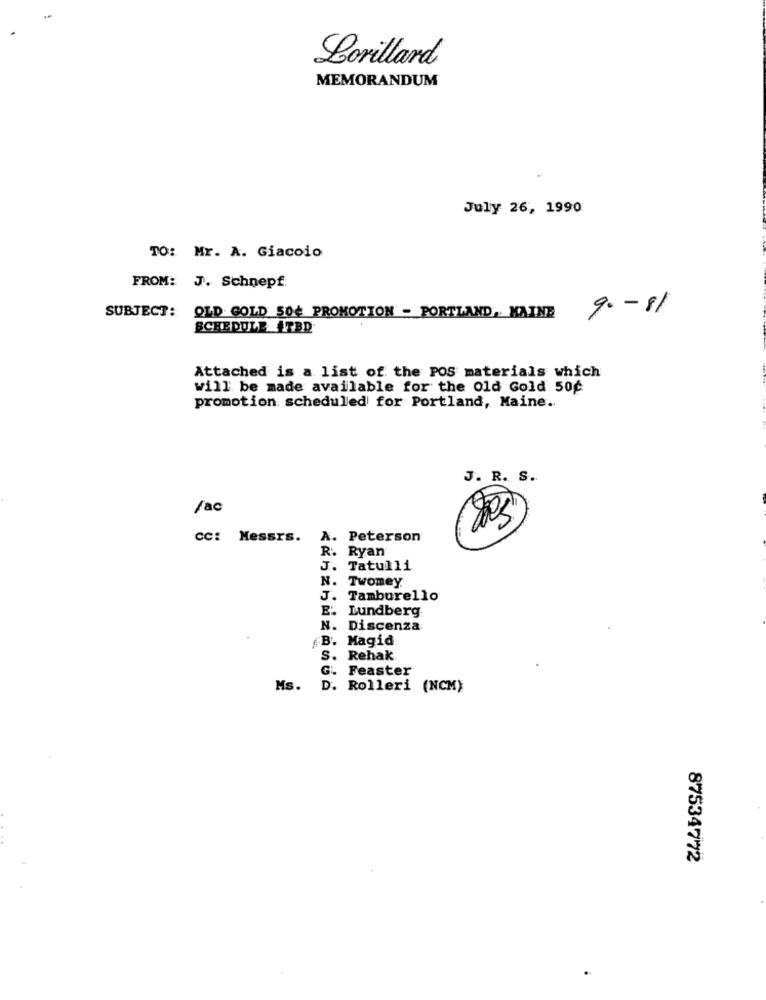
Lorillard
MEMORANDUM
July 26, 1990
TO: Mr. A. Giacoio
FROM: J. Schnepf:
9. - 11
SUBJECT:
OLD GOLD 50¢ PROMOTION - PORTLAND, MAINE
SCHEDULE +TBD
Attached is a list of the POS materials which
will be made available for the Old Gold 50℃
promotion scheduled for Portland, Maine ..
J. R. S.
fac
cc: Messrs.
A. Peterson
R. Ryan
J. Tatulli
Twomey
Tamburello
E .. Lundberg
N. Discenza
,B. Magid
S. Rehak
G. Feaster
Ms. D. Rolleri (NCM)
87534772